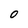
Character: 0